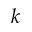
\boldsymbol { k }